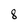
Character: 8